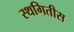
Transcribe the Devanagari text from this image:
स्थगितीस